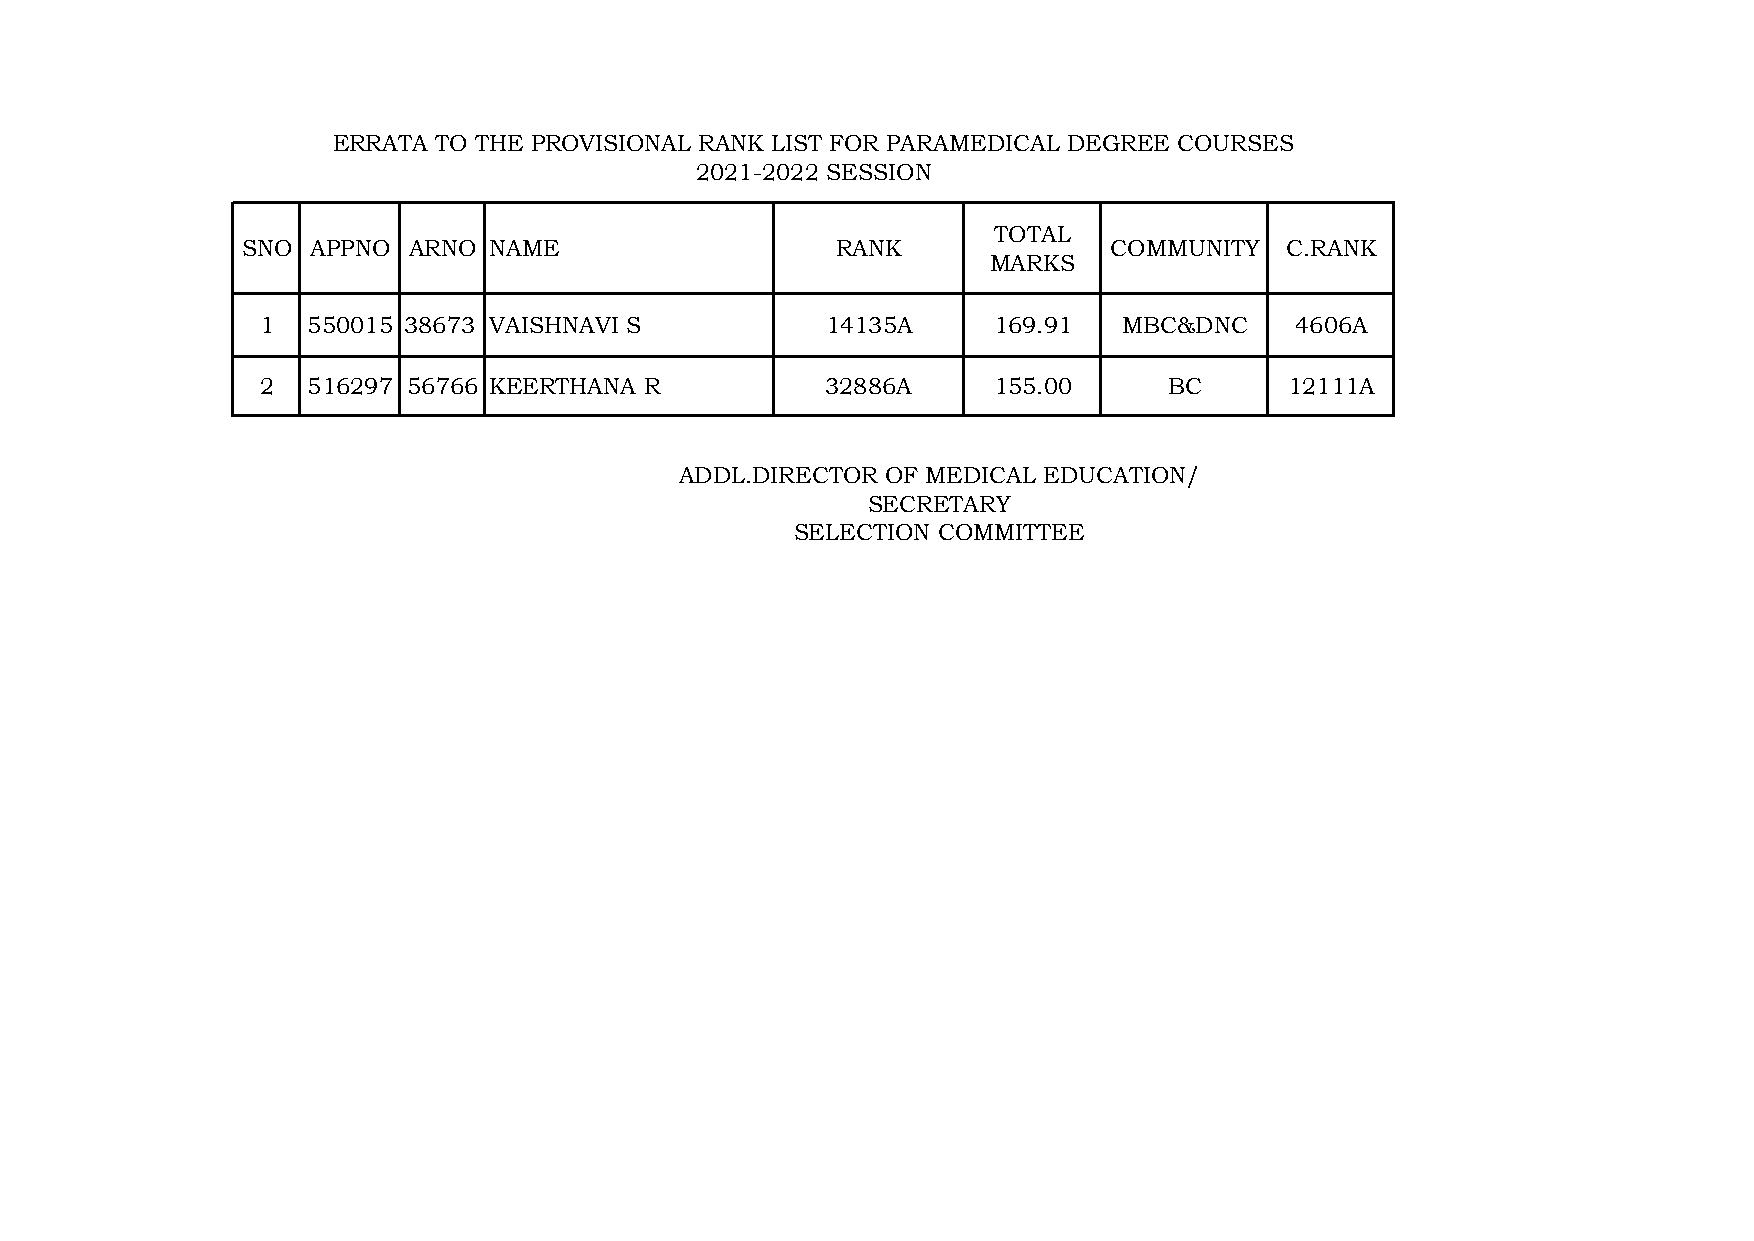
ERRATA TO THE PROVISIONAL RANK LIST FOR PARAMEDICAL DEGREE COURSES
 2021-2022 SESSION
 TOTAL
 SNO  APPNO ARNO NAME                   RANK              COMMUNITY   C.RANK
 MARKS
 1  550015 38673 VAISHNAVI S           14135A     169.91  MBC&DNC     4606A
 2  516297 56766 KEERTHANA R           32886A     155.00     BC      12111A
 ADDL.DIRECTOR OF MEDICAL EDUCATION/
 SECRETARY
 SELECTION COMMITTEE